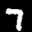
Label: 7